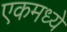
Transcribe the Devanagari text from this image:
एकमध्ये